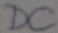
Text: DC